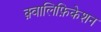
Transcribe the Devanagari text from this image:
क़्वालिफ़िकेशन